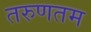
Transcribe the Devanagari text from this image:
तरुणतम